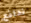
ندافع